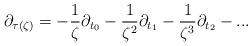
LaTeX: \begin{align*}\partial _{\tau (\zeta )}=-\frac{1}{\zeta }\partial _{t_0}-\frac{1}{\zeta ^{2}}\partial _{t_1}-\frac{1}{\zeta ^{3}}\partial _{t_2}-... \end{align*}